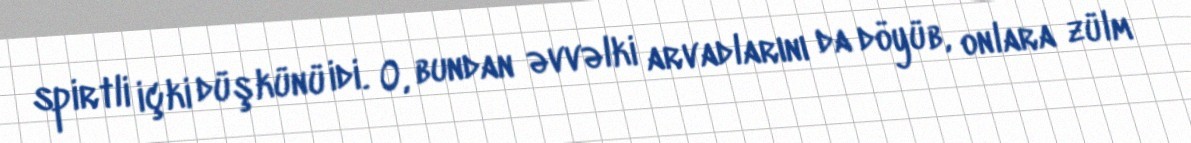
spirtli içki düşkünü idi. O, bundan əvvəlki arvadlarını da döyüb, onlara zülm